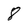
Character: 8